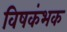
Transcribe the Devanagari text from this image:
विषकंभक